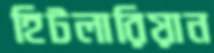
হিটলারিয়ান